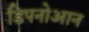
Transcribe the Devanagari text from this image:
डिपनोआन